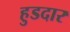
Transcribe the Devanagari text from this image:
हुडदार